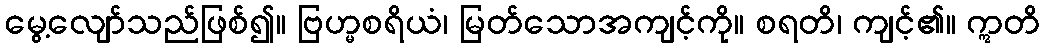
မွေ့လျော်သည်ဖြစ်၍။ ဗြဟ္မစရိယံ၊ မြတ်သောအကျင့်ကို။ စရတိ၊ ကျင့်၏။ ဣတိ